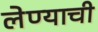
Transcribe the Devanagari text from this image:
लेण्याची